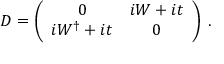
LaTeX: { \cal D } = \left( \begin{array} { c c } { { 0 } } & { { i W + i t } } \\ { { i W ^ { \dagger } + i t } } & { { 0 } } \end{array} \right) \: .